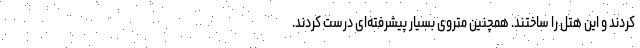
کردند و این هتل را ساختند. همچنین متروی بسیار پیشرفته‌ای درست کردند.